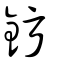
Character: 釫